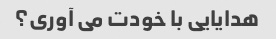
هدایایی با خودت می آوری؟